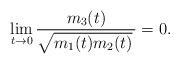
LaTeX: \begin{align*}\lim_{t\to 0}\frac{m_3(t)}{\sqrt{m_1(t)m_2(t)}\,}=0.\end{align*}